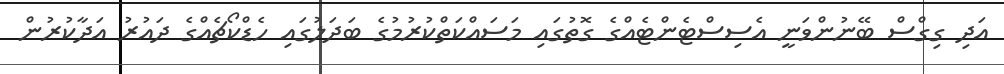
އަދި ގިގްސް ބޭނުންވަނީ އެސިސްޓެންޓެއްގެ ގޮތުގައި މަސައްކަތްކުރުމުގެ ބަދަލުގައި ހެޑްކޯޗެއްގެ ދައުރު އަދާކުރުން